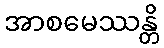
အာစမေဿန္တိ